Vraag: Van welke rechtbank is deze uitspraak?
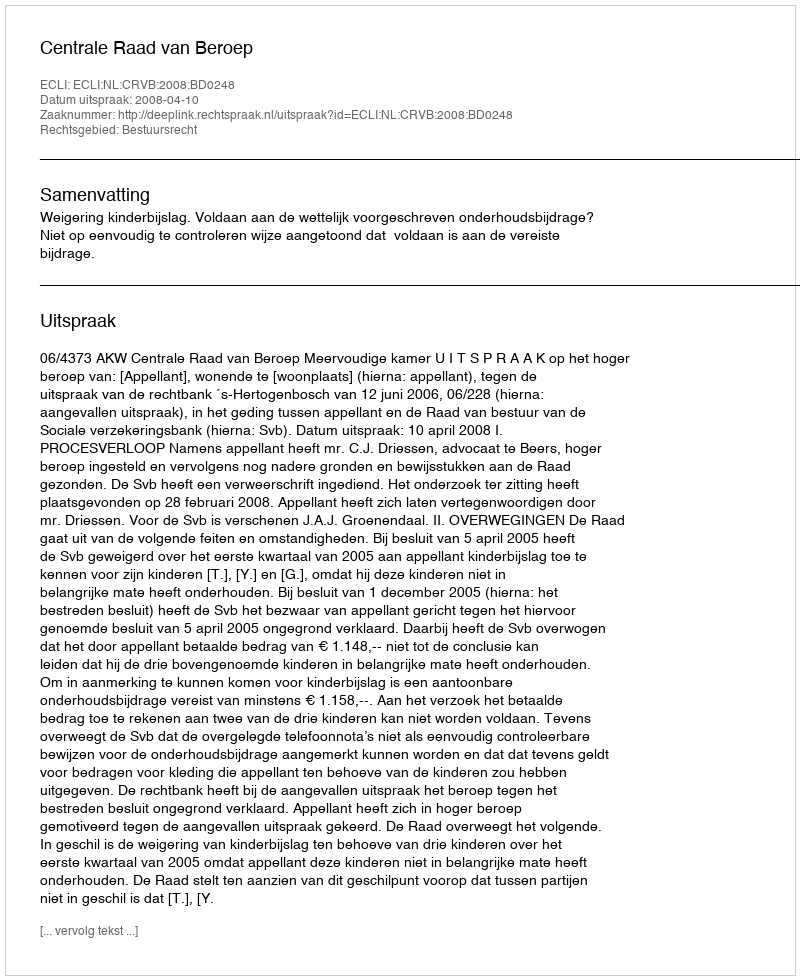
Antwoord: Centrale Raad van Beroep